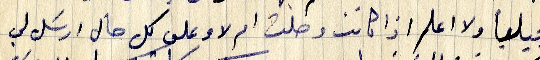
انجيلياً ولا اعلم اذا كانت وصلت ام لا وعلى كل حال ارسل لي